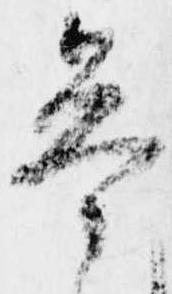
参